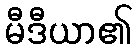
မီဒီယာ၏